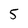
Character: 5